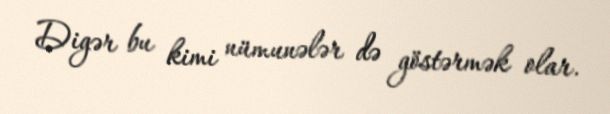
Digər bu kimi nümunələr də göstərmək olar.